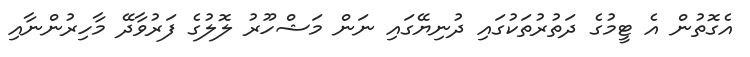
އެގޮތުން އެ ޓީމުގެ ދަތުރުތަކުގައި ދުނިޔޭގައި ނަން މަޝްހޫރު ލޮލުގެ ފަރުވާދޭ މާހިރުންނާއި